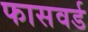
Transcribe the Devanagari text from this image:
फासवर्ड